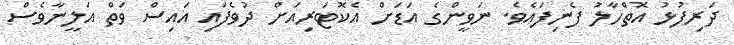
ދަރިފުޅު އޮތްހާލު ފެނިފައެވެ. ނަވީންގެ އަޑަށް އެކޮޓަރިއަށް ދުވެފައި އައިސް ވަތް އަލީނާވެސް